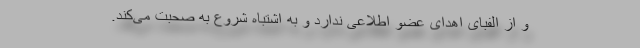
و از الفبای اهدای عضو اطلاعی ندارد و به اشتباه شروع به صحبت می‌کند.